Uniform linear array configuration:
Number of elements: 8
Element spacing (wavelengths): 0.5
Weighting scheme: hamming
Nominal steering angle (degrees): -45
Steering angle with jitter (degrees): -44.286
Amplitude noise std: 0.05
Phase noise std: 0.05

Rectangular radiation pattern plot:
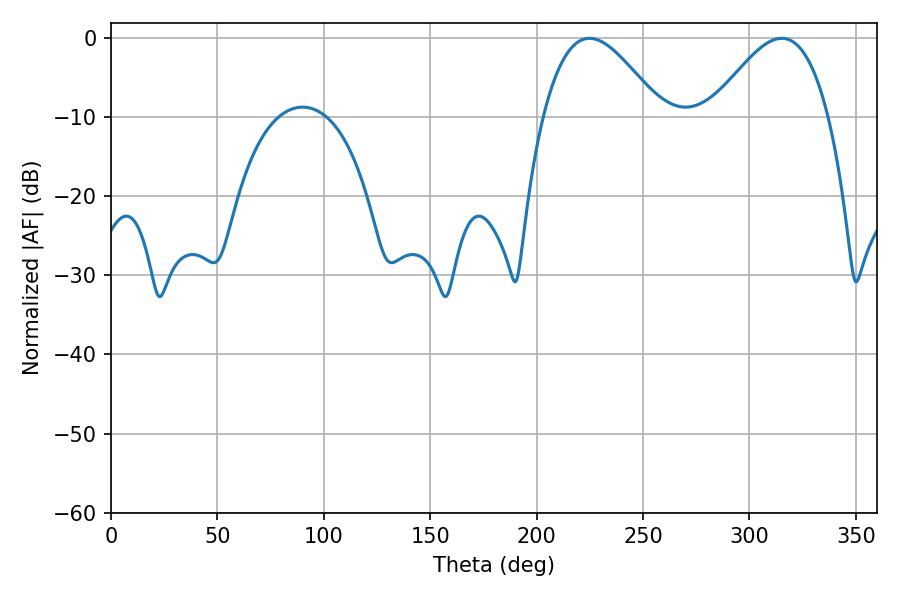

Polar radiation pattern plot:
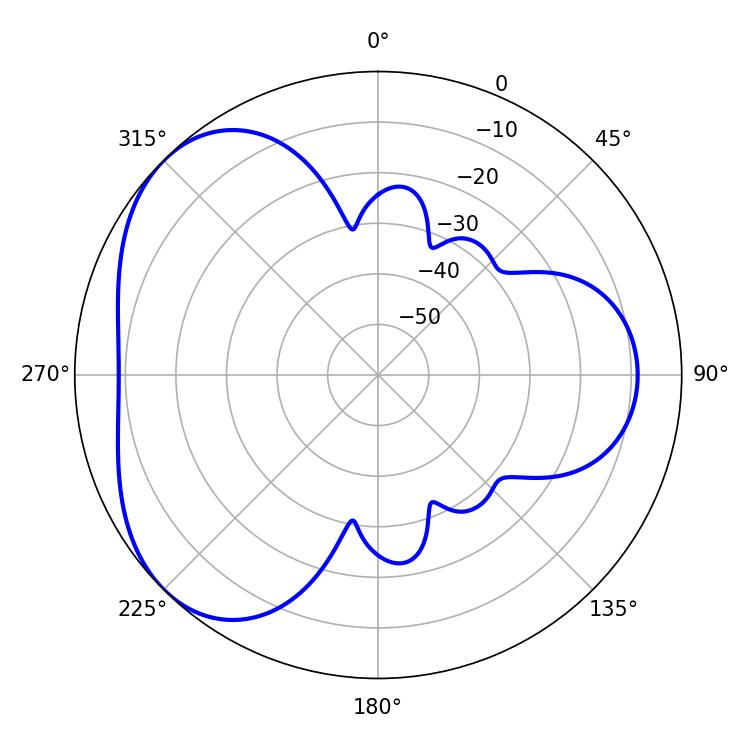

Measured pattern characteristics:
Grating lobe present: FALSE
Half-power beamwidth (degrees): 29.7
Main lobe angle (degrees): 315.18